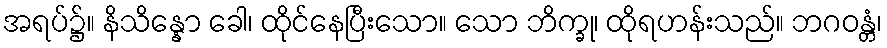
အရပ်၌။ နိသိန္နော ခေါ၊ ထိုင်နေပြီးသော။ သော ဘိက္ခု၊ ထိုရဟန်းသည်။ ဘဂဝန္တံ၊